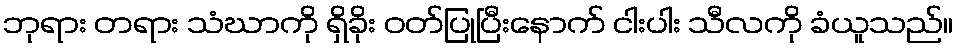
ဘုရား တရား သံဃာကို ရှိခိုး ဝတ်ပြုပြီးနောက် ငါးပါး သီလကို ခံယူသည်။